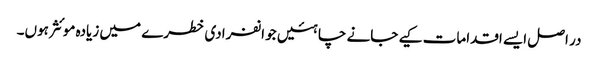
در اصل ایسے اقدامات کیے جانے چاہئیں جو انفرادی خطرے میں زیادہ موئثر ہوں۔